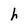
Character: h